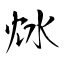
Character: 沊